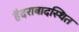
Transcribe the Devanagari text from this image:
हैदराबादस्थित